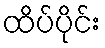
ထိပ်ပိုင်း